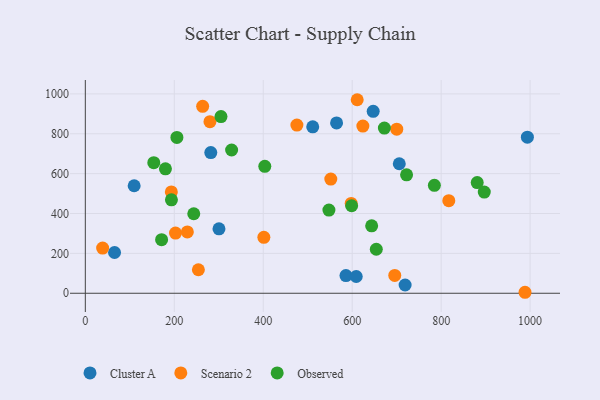
{"axis": {"x": "Distance", "y": "Salary"}, "legend": ["Cluster A", "Observed", "Scenario 2"], "data": [{"x": "564.9", "y": 854.5, "type": "Cluster A"}, {"x": "109.8", "y": 539.3, "type": "Cluster A"}, {"x": "586.0", "y": 88.7, "type": "Cluster A"}, {"x": "705.9", "y": 649.7, "type": "Cluster A"}, {"x": "993.9", "y": 782.7, "type": "Cluster A"}, {"x": "65.7", "y": 204.5, "type": "Cluster A"}, {"x": "511.3", "y": 835.1, "type": "Cluster A"}, {"x": "282.1", "y": 705.8, "type": "Cluster A"}, {"x": "647.2", "y": 912.8, "type": "Cluster A"}, {"x": "719.0", "y": 41.4, "type": "Cluster A"}, {"x": "609.1", "y": 84.0, "type": "Cluster A"}, {"x": "300.5", "y": 323.3, "type": "Cluster A"}, {"x": "280.2", "y": 860.8, "type": "Scenario 2"}, {"x": "229.4", "y": 307.8, "type": "Scenario 2"}, {"x": "624.0", "y": 838.5, "type": "Scenario 2"}, {"x": "988.6", "y": 4.9, "type": "Scenario 2"}, {"x": "817.2", "y": 464.6, "type": "Scenario 2"}, {"x": "551.9", "y": 572.6, "type": "Scenario 2"}, {"x": "38.9", "y": 226.6, "type": "Scenario 2"}, {"x": "695.7", "y": 89.3, "type": "Scenario 2"}, {"x": "401.4", "y": 280.4, "type": "Scenario 2"}, {"x": "202.8", "y": 301.8, "type": "Scenario 2"}, {"x": "475.7", "y": 843.6, "type": "Scenario 2"}, {"x": "263.8", "y": 937.8, "type": "Scenario 2"}, {"x": "597.8", "y": 450.7, "type": "Scenario 2"}, {"x": "611.3", "y": 970.8, "type": "Scenario 2"}, {"x": "193.4", "y": 508.4, "type": "Scenario 2"}, {"x": "700.2", "y": 822.9, "type": "Scenario 2"}, {"x": "254.2", "y": 117.8, "type": "Scenario 2"}, {"x": "722.3", "y": 594.1, "type": "Observed"}, {"x": "598.8", "y": 438.9, "type": "Observed"}, {"x": "328.9", "y": 718.5, "type": "Observed"}, {"x": "243.8", "y": 398.9, "type": "Observed"}, {"x": "672.4", "y": 828.8, "type": "Observed"}, {"x": "784.8", "y": 541.4, "type": "Observed"}, {"x": "153.9", "y": 654.8, "type": "Observed"}, {"x": "643.8", "y": 338.4, "type": "Observed"}, {"x": "881.1", "y": 555.3, "type": "Observed"}, {"x": "403.5", "y": 636.7, "type": "Observed"}, {"x": "654.2", "y": 220.8, "type": "Observed"}, {"x": "897.0", "y": 507.3, "type": "Observed"}, {"x": "305.0", "y": 886.5, "type": "Observed"}, {"x": "180.1", "y": 624.1, "type": "Observed"}, {"x": "171.5", "y": 268.6, "type": "Observed"}, {"x": "193.6", "y": 468.6, "type": "Observed"}, {"x": "205.9", "y": 781.6, "type": "Observed"}, {"x": "547.7", "y": 417.4, "type": "Observed"}]}